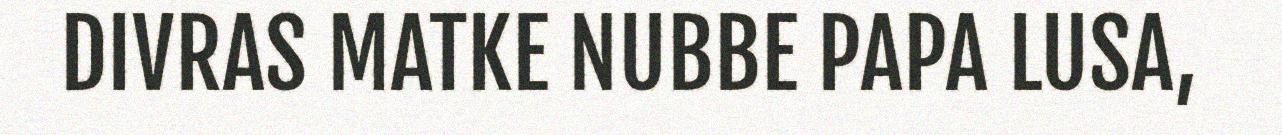
DIVRAS MATKE NUBBE PAPA LUSA,